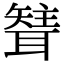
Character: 𦗊